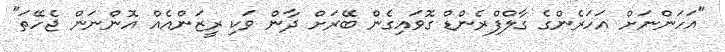
"އަހަންނަށް އަހަރެންގެ ގާލްފްރެންޑް ގޮވައިގެން ބޭރަށް ދާން ވަކި ރީޒަންއެއް އޮންނަން ޖެހޭތަ"